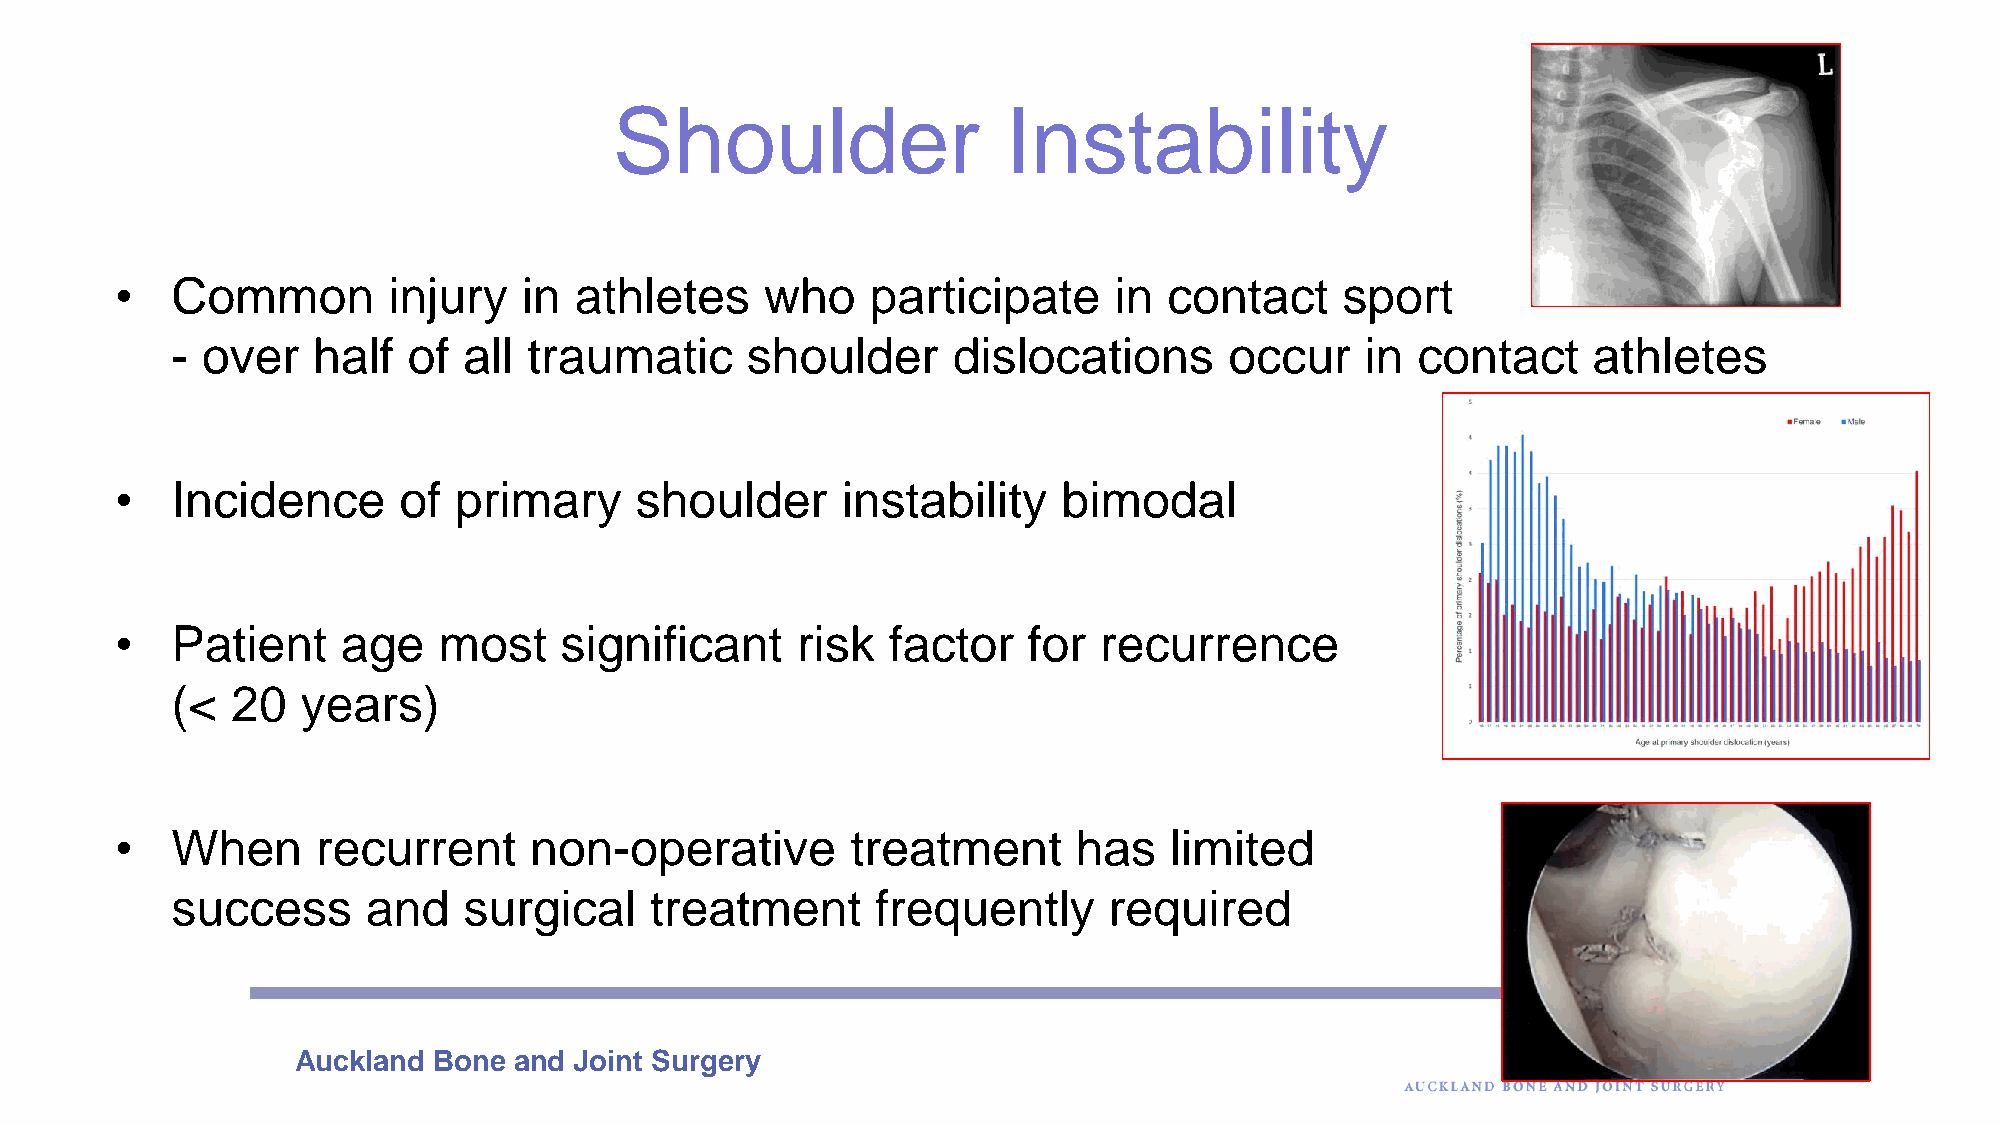
Shoulder                  Instability
 •  Common         injury   in athletes     who    participate     in contact     sport
 - over    half  of  all traumatic     shoulder      dislocations      occur    in  contact    athletes
 •  Incidence      of  primary     shoulder      instability   bimodal
 •  Patient     age   most    significant     risk  factor   for  recurrence
 (<  20   years)
 •  When      recurrent     non-operative        treatment      has   limited
 success      and    surgical    treatment      frequently     required
 Auckland  Bone and Joint Surgery